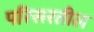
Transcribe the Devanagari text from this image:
परिसरतील